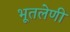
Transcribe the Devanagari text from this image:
भूतलेणी